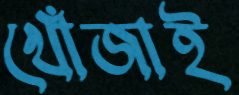
খোঁজাই